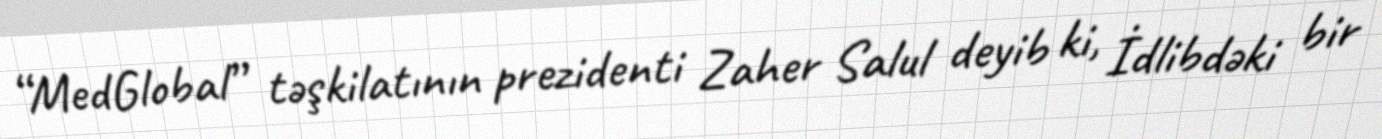
“MedGlobal” təşkilatının prezidenti Zaher Salul deyib ki, İdlibdəki bir